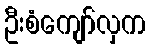
ဦးစံကျော်လှက